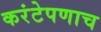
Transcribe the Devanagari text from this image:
करंटेपणाच